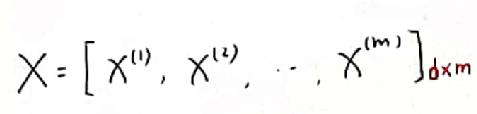
$X = [x^{(1)}, x^{(2)}, \cdots, x^{(m)}]_{d\times m}$